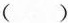
( )